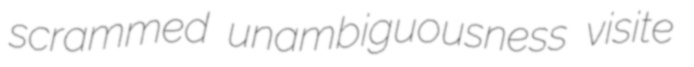
scrammed unambiguousness visite